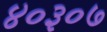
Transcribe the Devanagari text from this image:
४०३०७